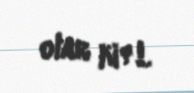
olar ki?!.